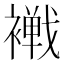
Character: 𧝧